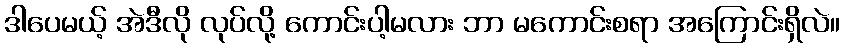
ဒါပေမယ့် အဲဒီလို လုပ်လို့ ကောင်းပါ့မလား ဘာ မကောင်းစရာ အကြောင်းရှိလဲ။